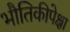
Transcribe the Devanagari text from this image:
भौतिकीपेक्षा